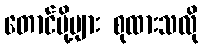
တောင်ပို့ပျား စုထားသလို